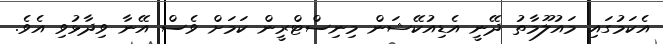
އެކަމުގައި މައުލޫމާތު ދޭނީ އެޑިއުކޭޝަން މިނިސްޓްރީން ކަމަށް ވެސް އޭނާ ވިދާޅުވި އެވެ.